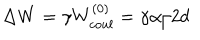
\Delta W = \gamma W _ { c o u l } ^ { ( 0 ) } = \gamma \alpha / 2 d